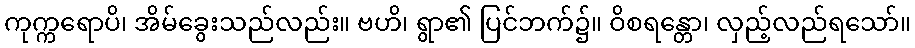
ကုက္ကရောပိ၊ အိမ်ခွေးသည်လည်း။ ဗဟိ၊ ရွာ၏ ပြင်ဘက်၌။ ဝိစရန္တော၊ လှည့်လည်ရသော်။